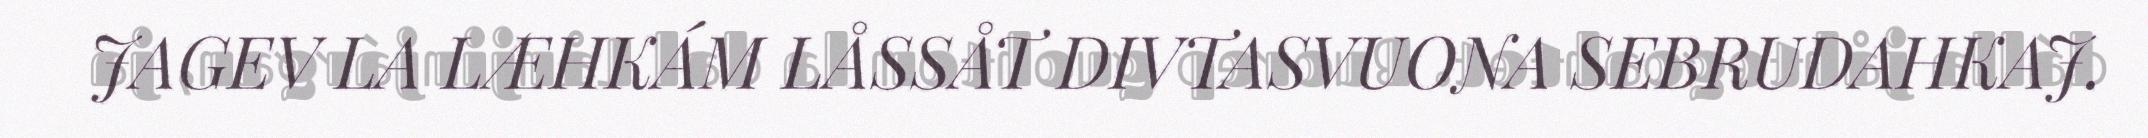
JAGEV LA LÆHKÁM LÅSSÅT DIVTASVUONA SEBRUDAHKAJ.